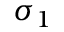
\sigma _ { 1 }